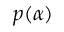
p ( \alpha )